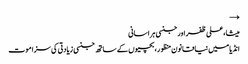
→
میشا، علی ظفر اور جنسی ہراسانی
انڈیا میں نیا قانون منظور، بچیوں کے ساتھ جنسی زیادتی کی سزا موت